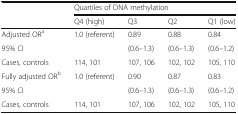
<table><thead><tr><td></td><td colspan="4"><b>Quartiles of DNA methylation</b></td></tr><tr><td></td><td><b>Q4 (high)</b></td><td><b>Q3</b></td><td><b>Q2</b></td><td><b>Q1 (low)</b></td></tr></thead><tbody><tr><td>Adjusted OR<sup>a</sup></td><td>1.0 (referent)</td><td>0.89</td><td>0.88</td><td>0.84</td></tr><tr><td>95% CI</td><td></td><td>(0.6–1.3)</td><td>(0.6–1.3)</td><td>(0.6–1.2)</td></tr><tr><td>Cases, controls</td><td>114, 101</td><td>107, 106</td><td>102, 102</td><td>105, 110</td></tr><tr><td>Fully adjusted OR<sup>b</sup></td><td>1.0 (referent)</td><td>0.90</td><td>0.87</td><td>0.83</td></tr><tr><td>95% CI</td><td></td><td>(0.6–1.3)</td><td>(0.6–1.3)</td><td>(0.6–1.2)</td></tr><tr><td>Cases, controls</td><td>114, 101</td><td>107, 106</td><td>102, 102</td><td>105, 110</td></tr></tbody></table>